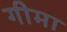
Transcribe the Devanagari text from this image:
गीमा